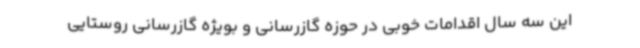
این سه سال اقدامات خوبی در حوزه گازرسانی و بویژه گازرسانی روستایی